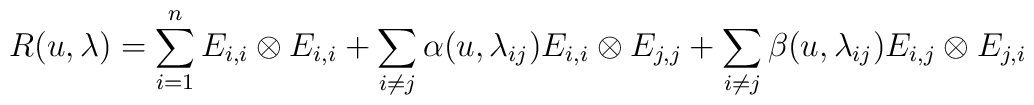
R(u, \lambda) = \sum_{i = 1}^n E_{i, i} \otimes E_{i, i} + \sum_{i \neq j}\alpha(u, \lambda_{i j}) E_{i, i} \otimes E_{j, j} + \sum_{i \neq j}   \beta(u, \lambda_{i j}) E_{i, j} \otimes E_{j, i}